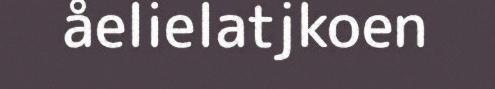
åelielatjkoen